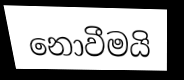
නොවීමයි